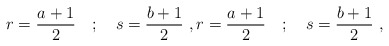
\begin{align*}r=\frac{a+1}{2} \quad ; \quad s=\frac{b+1}{2}\ ,r=\frac{a+1}{2} \quad ; \quad s=\frac{b+1}{2}\ ,\end{align*}